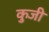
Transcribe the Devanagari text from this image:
कुजी